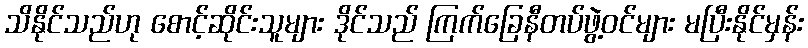
သိနိုင်သည်ဟု စောင့်ဆိုင်းသူများ ဒိုင်သည် ကြက်ခြေနီတပ်ဖွဲ့ဝင်များ မပြီးနိုင်မှန်း